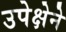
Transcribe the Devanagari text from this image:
उपेक्षेने